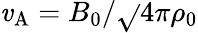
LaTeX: \mathit{v}_{\mathrm{{A}}}=B_{0}/\sqrt{}{{4\pi\rho_{0}}}